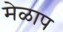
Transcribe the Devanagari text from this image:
मेळाप